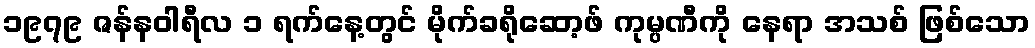
၁၉၇၉ ဇန်နဝါရီလ ၁ ရက်နေ့တွင် မိုက်ခရိုဆော့ဖ် ကုမ္ပဏီကို နေရာ အသစ် ဖြစ်သော